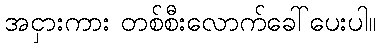
အငှားကား တစ်စီးလောက်ခေါ်ပေးပါ။